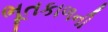
ભૂતકાળની